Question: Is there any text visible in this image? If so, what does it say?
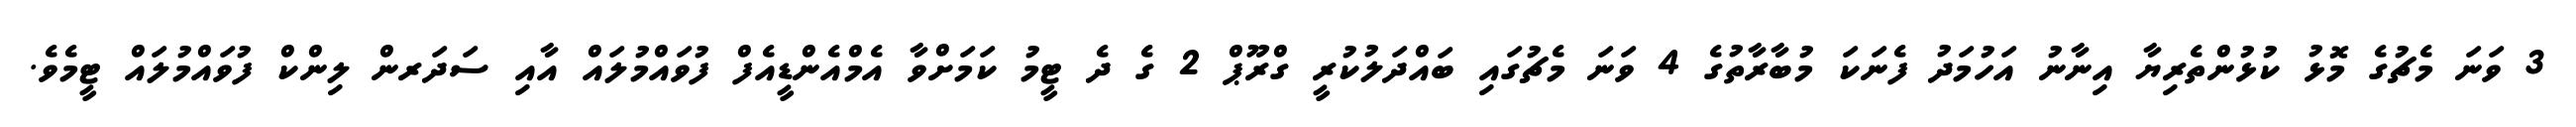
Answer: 3 ވަނަ މެޗުގެ މޮޅު ކުޅުންތެރިޔާ އިނާނު އަހުމަދު ފެނަކަ މުބާރާތުގެ 4 ވަނަ މެޗުގައި ބައްދަލުކުރީ ގްރޫޕް 2 ގެ ދެ ޓީމު ކަމަށްވާ އެމްއެންޑީއެފް ފުވައްމުލައް އާއި ސަދަރން ލިންކް ފުވައްމުލައް ޓީމެވެ.